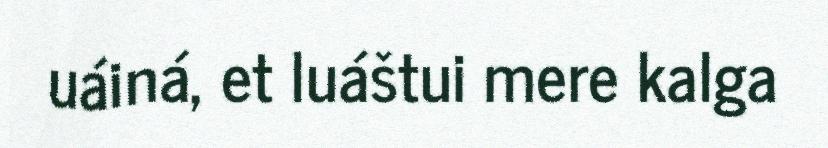
uáiná, et luáštui mere kalga